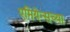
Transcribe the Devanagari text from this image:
एमियेन्सच्या